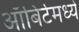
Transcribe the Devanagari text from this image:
ऑबिर्टमध्ये